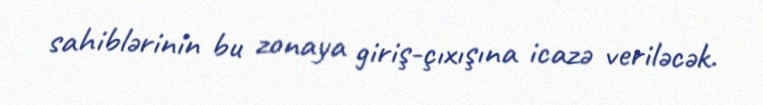
sahiblərinin bu zonaya giriş-çıxışına icazə veriləcək.